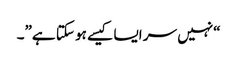
“نہیں سر ایسا کیسے ہو سکتا ہے”۔